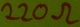
Text: 220Ω